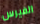
الفيرس